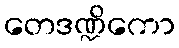
တေဒဏ္ဍိကော